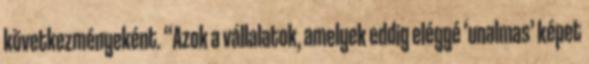
következményeként. “Azok a vállalatok, amelyek eddig eléggé ‘unalmas’ képet